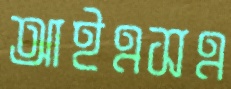
আইএসএ